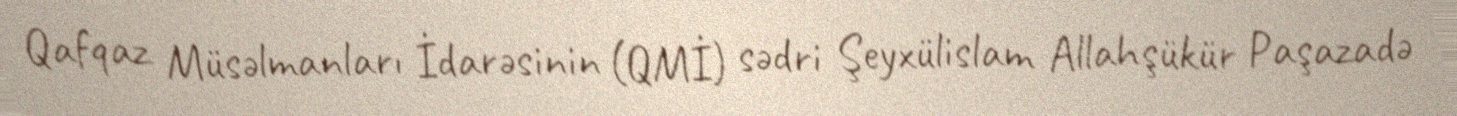
Qafqaz Müsəlmanları İdarəsinin (QMİ) sədri Şeyxülislam Allahşükür Paşazadə